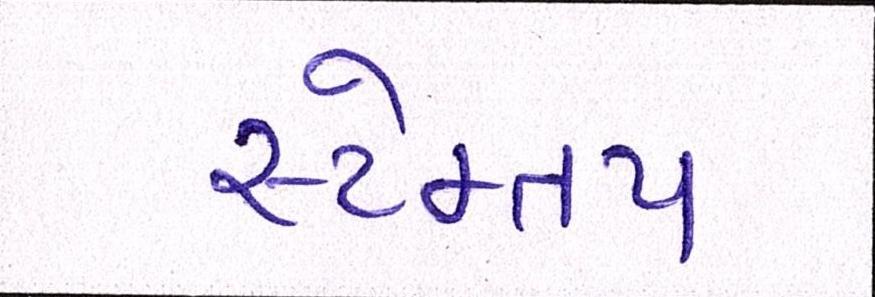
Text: સ્ટેમ્તપ